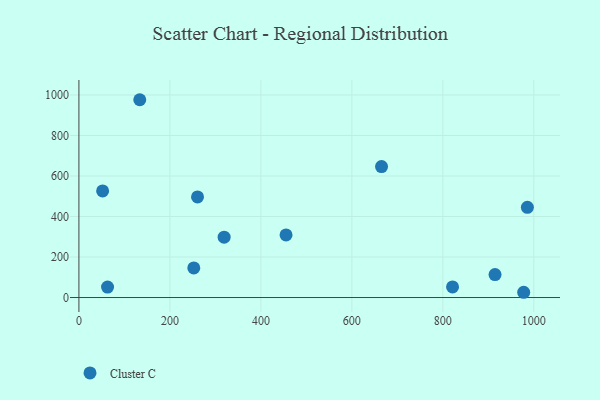
{"axis": {"x": "Distance", "y": "Demand"}, "legend": ["Cluster C"], "data": [{"x": "985.8", "y": 445.5, "type": "Cluster C"}, {"x": "914.7", "y": 113.5, "type": "Cluster C"}, {"x": "52.1", "y": 526.2, "type": "Cluster C"}, {"x": "665.2", "y": 646.4, "type": "Cluster C"}, {"x": "252.5", "y": 146.1, "type": "Cluster C"}, {"x": "62.9", "y": 51.8, "type": "Cluster C"}, {"x": "977.7", "y": 25.9, "type": "Cluster C"}, {"x": "133.7", "y": 976.6, "type": "Cluster C"}, {"x": "260.7", "y": 496.7, "type": "Cluster C"}, {"x": "455.3", "y": 309.2, "type": "Cluster C"}, {"x": "319.2", "y": 297.9, "type": "Cluster C"}, {"x": "821.3", "y": 52.3, "type": "Cluster C"}]}